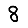
Digit: 8